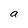
Character: a